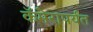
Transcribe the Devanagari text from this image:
कॅमेरापर्यंत